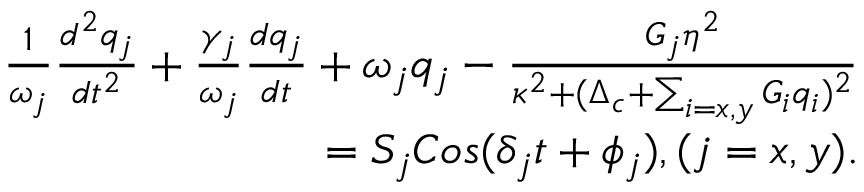
\begin{array} { r l r } & { } & { \frac { 1 } { \omega _ { j } } \frac { d ^ { 2 } q _ { j } } { d t ^ { 2 } } + \frac { \gamma _ { j } } { \omega _ { j } } \frac { d q _ { j } } { d t } + \omega _ { j } q _ { j } - \frac { G _ { j } \eta ^ { 2 } } { \kappa ^ { 2 } + ( \Delta _ { c } + \sum _ { i = x , y } G _ { i } q _ { i } ) ^ { 2 } } } \\ & { } & { = S _ { j } C o s ( \delta _ { j } t + \phi _ { j } ) , ( j = x , y ) . } \end{array}